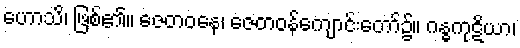
ဟောသိ၊ ဖြစ်၏။ ဇေတဝနေ၊ ဇေတဝန်ကျောင်းတော်၌။ ဂန္ဓကုဋိယာ၊